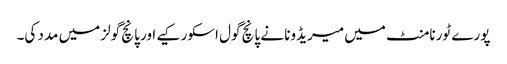
پورے ٹورنامنٹ میں میریڈونا نے پانچ گول اسکور کیے اور پانچ گولز میں مدد کی۔